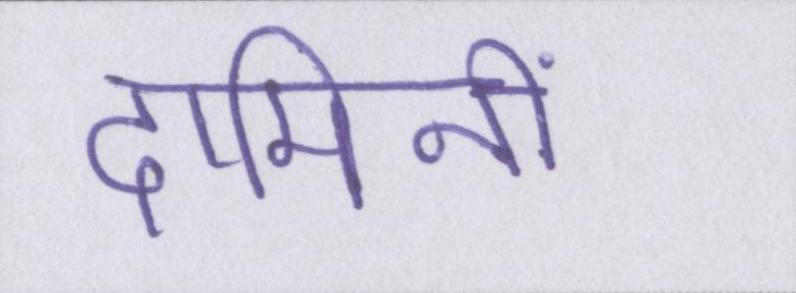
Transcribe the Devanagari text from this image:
दामिनी